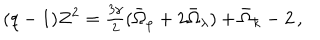
LaTeX: ( q - 1 ) Z ^ { 2 } = \textstyle { \frac { 3 \gamma } { 2 } } ( \bar { \Omega } _ { \rho } + 2 \bar { \Omega } _ { \lambda } ) + \bar { \Omega } _ { k } - 2 \, ,